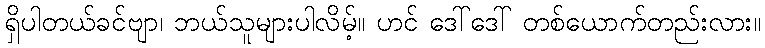
ရှိပါတယ်ခင်ဗျာ၊ ဘယ်သူများပါလိမ့်။ ဟင် ဒေါ်ဒေါ် တစ်ယောက်တည်းလား။